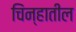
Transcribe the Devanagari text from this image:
चिंन्हातील